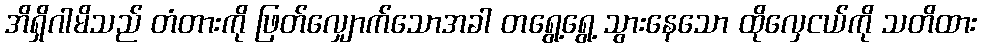
အိရှိဂါမိသည် တံတားကို ဖြတ်လျှောက်သောအခါ တရွေ့ရွေ့ သွားနေသော ထိုလှေငယ်ကို သတိထား